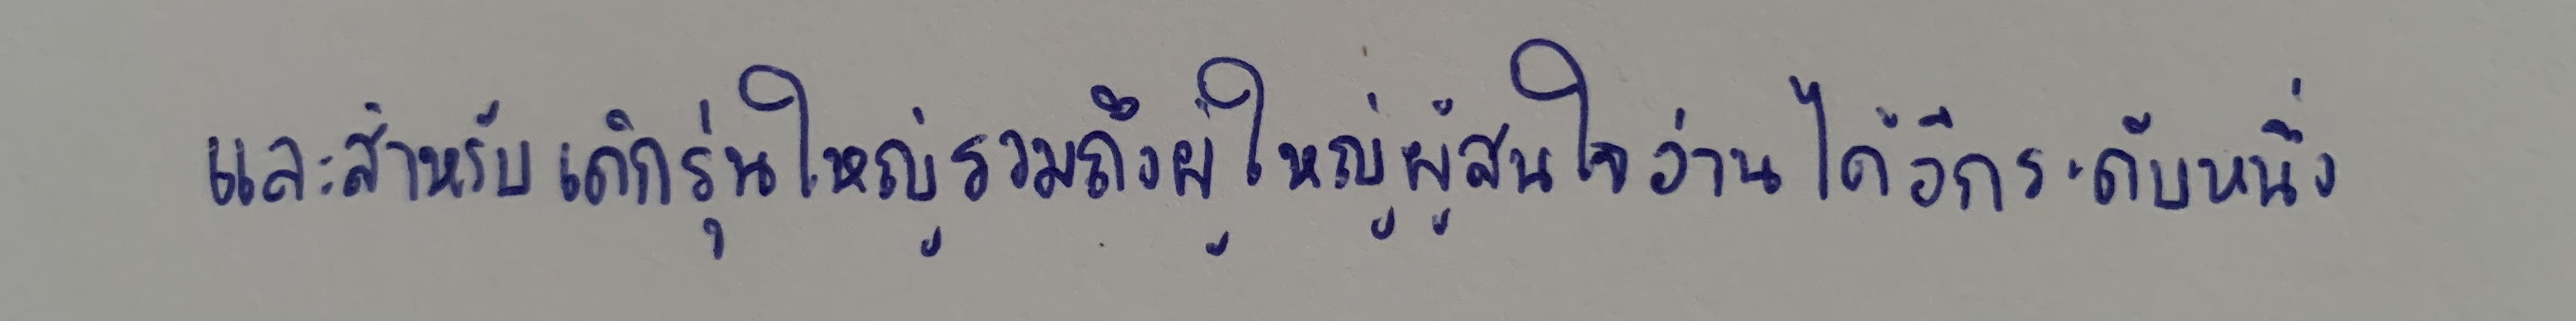
และสำหรับเด็กรุ่นใหญ่รวมถึงผู้ใหญ่ผู้สนใจอ่านได้อีกระดับหนึ่ง